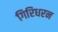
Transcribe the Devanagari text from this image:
गिरिधरन